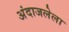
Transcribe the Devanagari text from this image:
अंदाजलेला